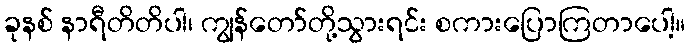
ခုနစ် နာရီတိတိပါ၊ ကျွန်တော်တို့သွားရင်း စကားပြောကြတာပေါ့။